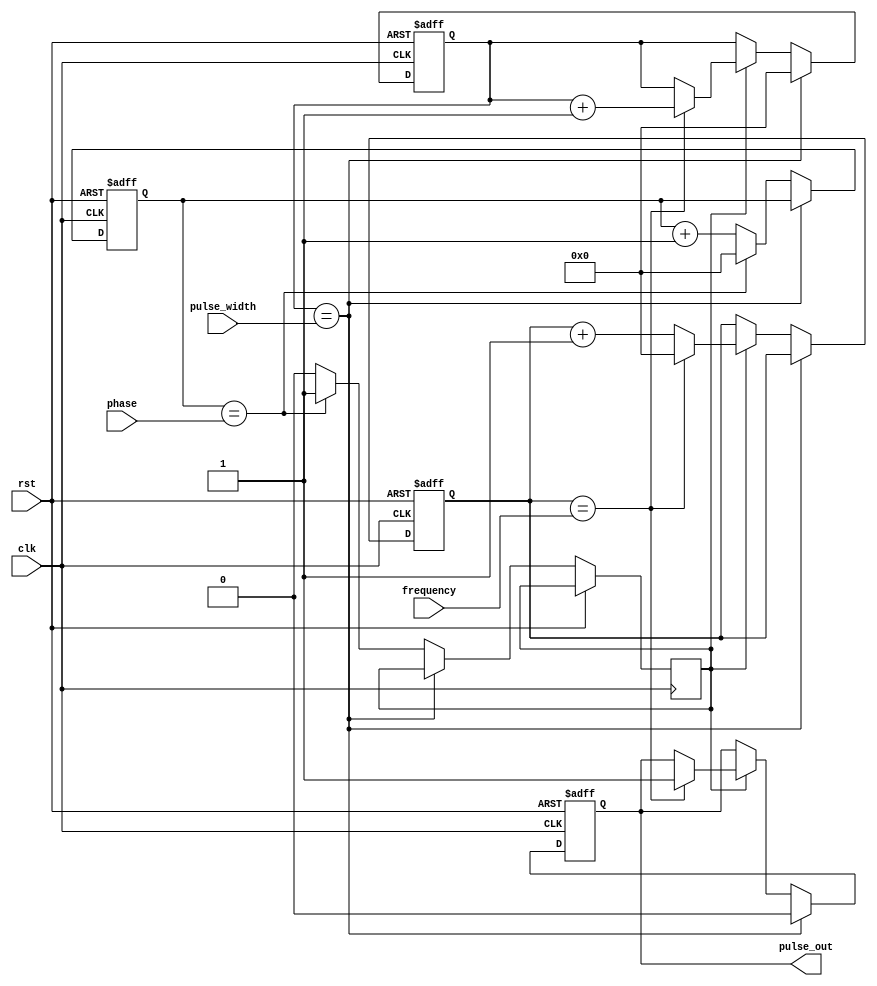
module ProgrammablePulseGenerator (
  input wire clk,
  input wire rst,
  input wire [7:0] pulse_width,
  input wire [7:0] frequency,
  input wire [7:0] phase,
  output reg pulse_out
);

reg [7:0] count;
reg [7:0] delay_count;
reg [7:0] phase_count;
reg sync_pulse;

always @(posedge clk or posedge rst) begin
  if (rst) begin
    count <= 8'd0;
    delay_count <= 8'd0;
    phase_count <= 8'd0;
    pulse_out <= 1'b0;
  end else begin
    if (count == pulse_width) begin
      pulse_out <= 1'b0;
      count <= 8'd0;
    end else begin
      if (phase_count == phase) begin
        sync_pulse <= 1'b1;
        phase_count <= 8'd0;
      end else begin
        sync_pulse <= 1'b0;
        phase_count <= phase_count + 1;
      end
      
      if (sync_pulse) begin
        if (delay_count == frequency) begin
          pulse_out <= 1'b1;
          count <= count + 1;
          delay_count <= 8'd0;
        end else begin
          delay_count <= delay_count + 1;
        end
      end
    end
  end
end

endmodule